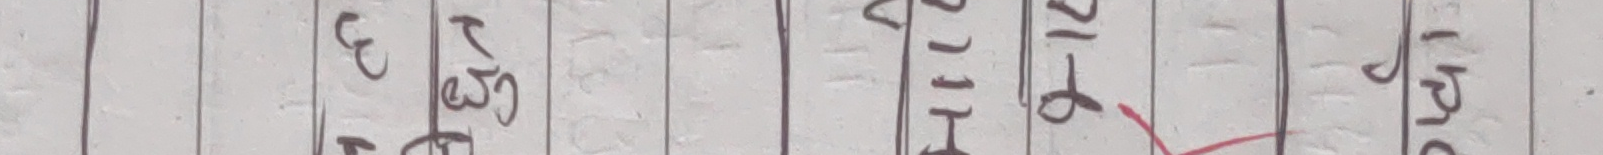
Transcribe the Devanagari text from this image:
एट३०ठ
हा११य
२१६
का३१२